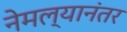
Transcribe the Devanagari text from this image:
नेमल्यानंतर